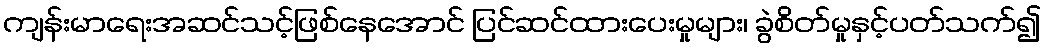
ကျန်းမာရေးအဆင်သင့်ဖြစ်နေအောင် ပြင်ဆင်ထားပေးမှုများ၊ ခွဲစိတ်မှုနှင့်ပတ်သက်၍